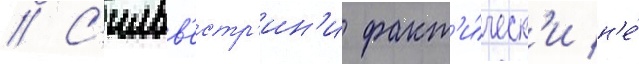
// С'ильв'естр'ин'и факт'и́ческ'и н'е́